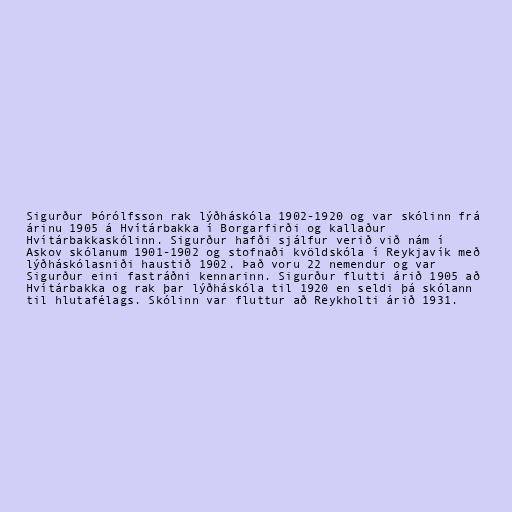
Sigurður Þórólfsson rak lýðháskóla 1902-1920 og var skólinn frá
árinu 1905 á Hvítárbakka í Borgarfirði og kallaður
Hvítárbakkaskólinn. Sigurður hafði sjálfur verið við nám í
Askov skólanum 1901-1902 og stofnaði kvöldskóla í Reykjavík með
lýðháskólasniði haustið 1902. Það voru 22 nemendur og var
Sigurður eini fastráðni kennarinn. Sigurður flutti árið 1905 að
Hvítárbakka og rak þar lýðháskóla til 1920 en seldi þá skólann
til hlutafélags. Skólinn var fluttur að Reykholti árið 1931.